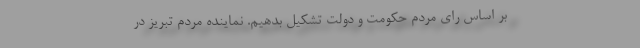
بر اساس راًی مردم حکومت و دولت تشکیل بدهیم. نماینده مردم تبریز در